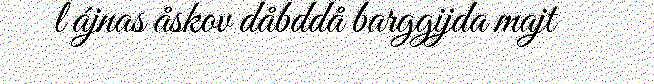
l ájnas åskov dåbddå barggijda majt